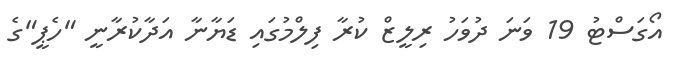
އޯގަސްޓު 19 ވަނަ ދުވަހު ރިލީޒް ކުރާ ފިލްމުގައި ޑަޔާނާ އަދާކުރާނީ "ހެޕީ"ގެ